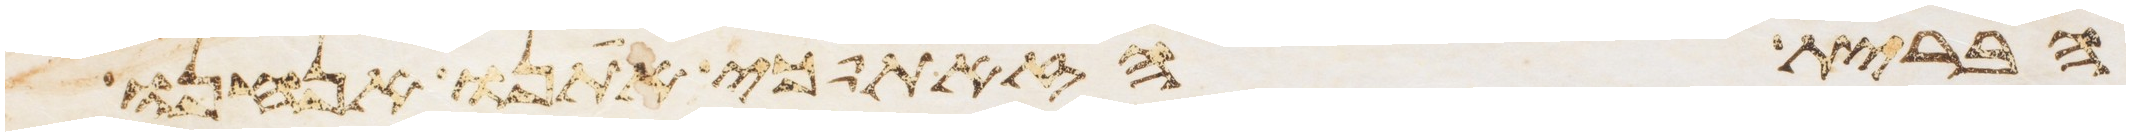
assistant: הברית הזאת כי אתנו אנחנו